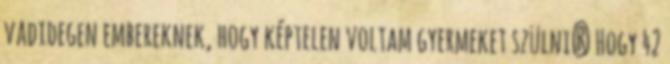
vadidegen embereknek, hogy képtelen voltam gyermeket szülni? Hogy 42